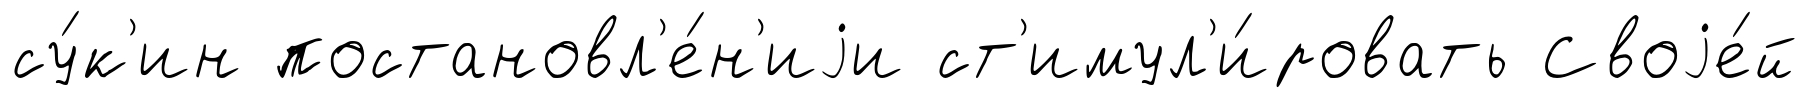
су́к'ин постановл'е́н'иjи ст'имул'и́ровать Своjе́й